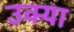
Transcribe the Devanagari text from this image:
उक्या